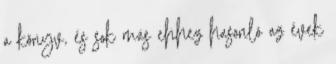
a könyv, és sok más ehhez hasonló az évek